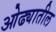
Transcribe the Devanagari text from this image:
ओढ्यातील